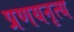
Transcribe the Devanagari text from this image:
प्रणयनृत्य